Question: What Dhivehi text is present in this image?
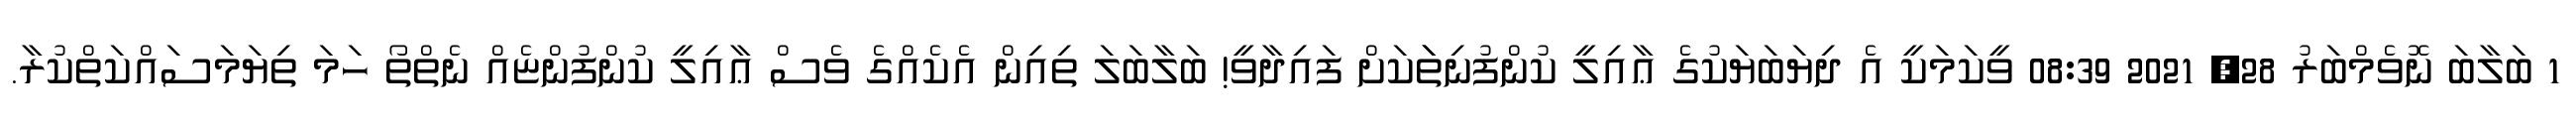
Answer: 1 ބަލާބަ ނޮވެމްބަރު 28, 2021 08:39 ވީކަމަކީ އެ ދިޔަބަޔަކުގެ ޢާއިލީ ކުންފުނިތަަކަށް ފައިދާވީ! ބަލާބަލަ ތިއިން އެކެއްގެ ވެސް ޢާއިލީ ކުންފުންޏެއް ނެތްތޯ ހަމަ ތިޔަމަސައްކަތްކުރާ.